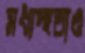
মধ্যস্থতাও